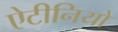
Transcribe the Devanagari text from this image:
ऐटीनियो